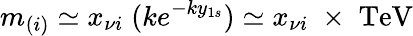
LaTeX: m_{(i)}\simeq x_{\nu i}\; (ke^{-ky_{1s}})\simeq x_{\nu i}\; \times\; \mathrm{TeV}